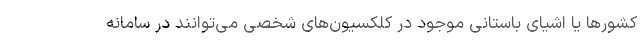
کشورها یا اشیای باستانی موجود در کلکسیون‌های شخصی می‌توانند در سامانه